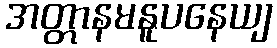
အတ္တာနမနူပနေယျ